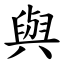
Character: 與